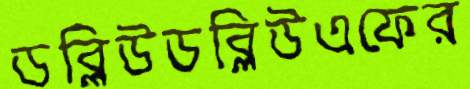
ডব্লিউডব্লিউএফের